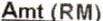
AMT (RM)